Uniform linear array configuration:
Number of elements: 64
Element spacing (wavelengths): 1
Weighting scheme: blackman
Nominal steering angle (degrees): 60
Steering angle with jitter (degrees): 58.682
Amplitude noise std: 0.05
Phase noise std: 0.05

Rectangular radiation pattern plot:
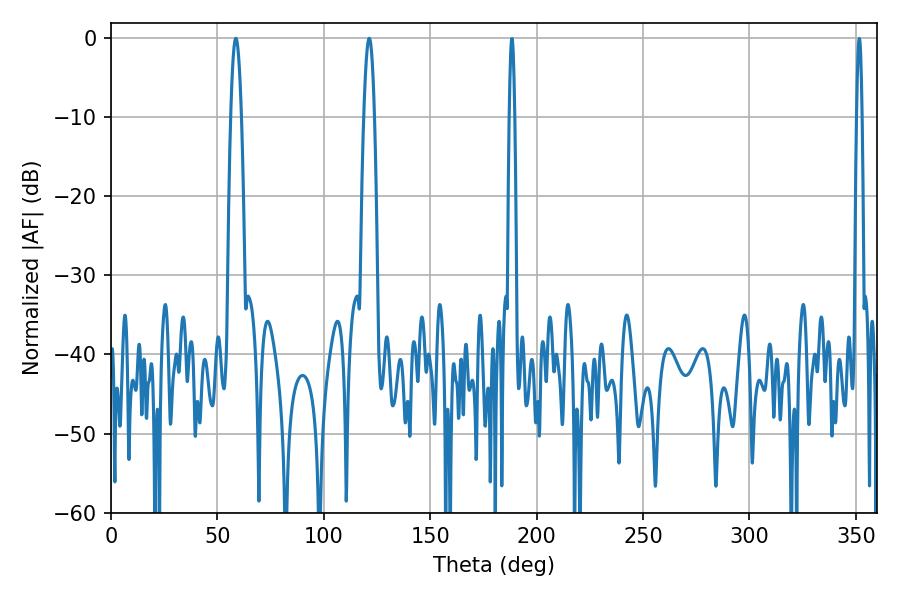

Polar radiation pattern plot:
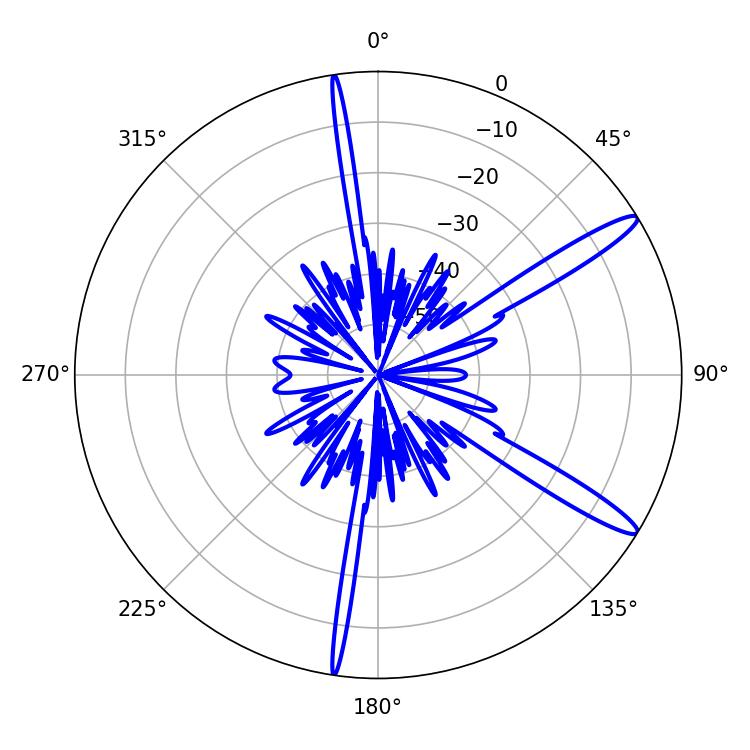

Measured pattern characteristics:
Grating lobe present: TRUE
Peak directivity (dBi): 13.885
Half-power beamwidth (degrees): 2.7
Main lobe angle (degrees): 58.68